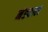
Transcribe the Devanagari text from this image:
नंड्याल